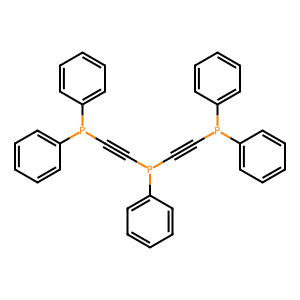
SMILES: C(#CP(c1ccccc1)c1ccccc1)P(C#CP(c1ccccc1)c1ccccc1)c1ccccc1
Inhibits HIV replication: No